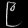
Digit: ၉